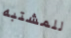
للمشتبه